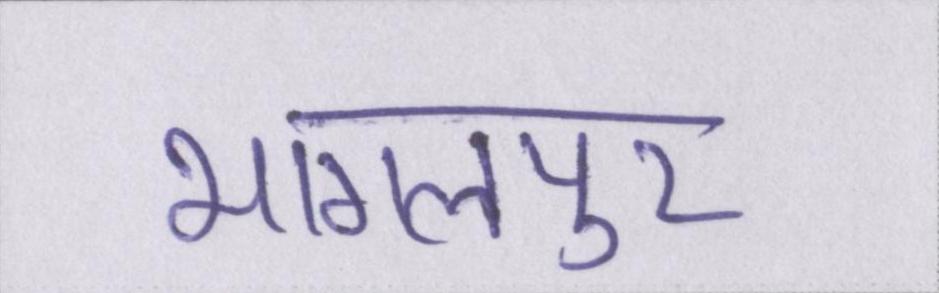
भागलपुर